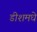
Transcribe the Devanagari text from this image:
डीशमधे